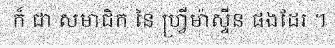
ក៏ ជា សមាជិក នៃ ហ្វ្រីម៉ាស្ទីន ផងដែរ ។